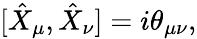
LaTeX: [\hat{X}_{\mu},\hat{X}_{\nu}]=i\theta_{\mu\nu},